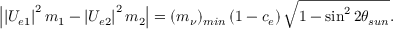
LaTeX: \left| \left| U _ { e 1 } \right| ^ { 2 } m _ { 1 } - \left| U _ { e 2 } \right| ^ { 2 } m _ { 2 } \right| = ( m _ { \nu } ) _ { m i n } \left( 1 - c _ { e } \right) \sqrt { 1 - \sin ^ { 2 } 2 \theta _ { s u n } } .